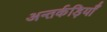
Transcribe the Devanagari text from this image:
अन्तर्कड़ियाँ